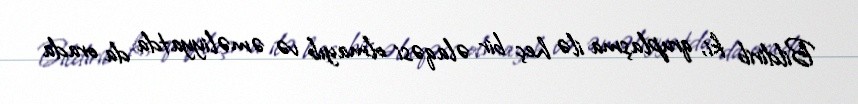
Bildirib ki, qruplaşma ilə heç bir əlaqəsi olmayıb və əməliyyatda da orada